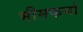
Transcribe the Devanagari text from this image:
भीमकर्मा